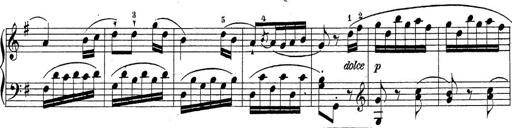
Title: Sonatina Album
Composer: Louis KÃ¶hler